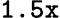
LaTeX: \texttt{1.5x}